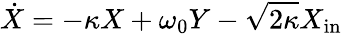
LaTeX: \dot{X}=-\kappa X+\omega_{0}Y-\sqrt{2\kappa}X_{\mathrm{in}}